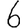
Digit: 6